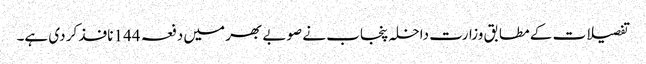
تفصیلات کے مطابق وزارت داخلہ پنجاب نے صوبے بھر میں دفعہ 144 نافذ کر دی ہے۔